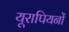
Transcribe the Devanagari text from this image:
यूरापियनों